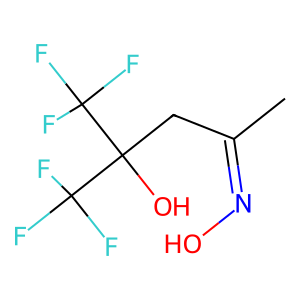
SMILES: CC(CC(O)(C(F)(F)F)C(F)(F)F)=NO
Inhibits HIV replication: No